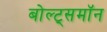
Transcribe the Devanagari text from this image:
बोल्ट्समॉन